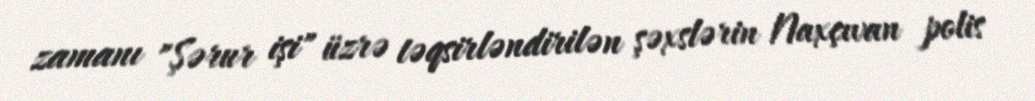
zamanı "Şərur işi" üzrə təqsirləndirilən şəxslərin Naxçıvan polis